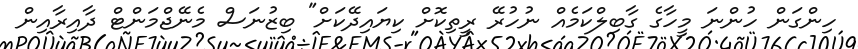
ހިންގަން ހުންނަ މީހާގެ ގާބިލްކަމެއް ނުހުރޭ ރީތިކޮށް ކިޔައިދޭކަށް" ބިޒުނަސް މެނޭޖްމަންޓް ދާއިރާއިން